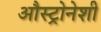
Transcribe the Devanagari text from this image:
औस्ट्रोनेशी